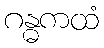
ဂန္ဓကထံ